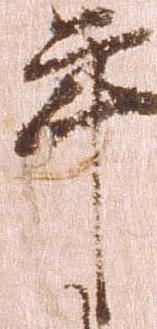
年